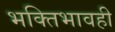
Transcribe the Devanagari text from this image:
भक्तिभावही